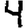
Digit: 4